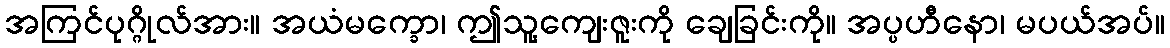
အကြင်ပုဂ္ဂိုလ်အား။ အယံမက္ခော၊ ဤသူ့ကျေးဇူးကို ချေခြင်းကို။ အပ္ပဟီနော၊ မပယ်အပ်။